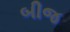
બીજ